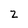
Character: 2